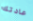
عادتك